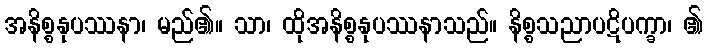
အနိစ္စနုပဿနာ၊ မည်၏။ သာ၊ ထိုအနိစ္စနုပဿနာသည်။ နိစ္စသညာပဋိပက္ခာ၊ ၏